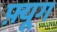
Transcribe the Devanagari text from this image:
फ़्यूग